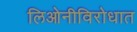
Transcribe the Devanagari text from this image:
लिओनीविरोधात